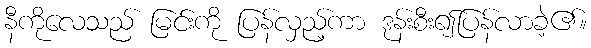
နီကိုလေသည် မြင်းကို ပြန်လှည့်ကာ ဒုန်းစီး၍ပြန်လာခဲ့၏။